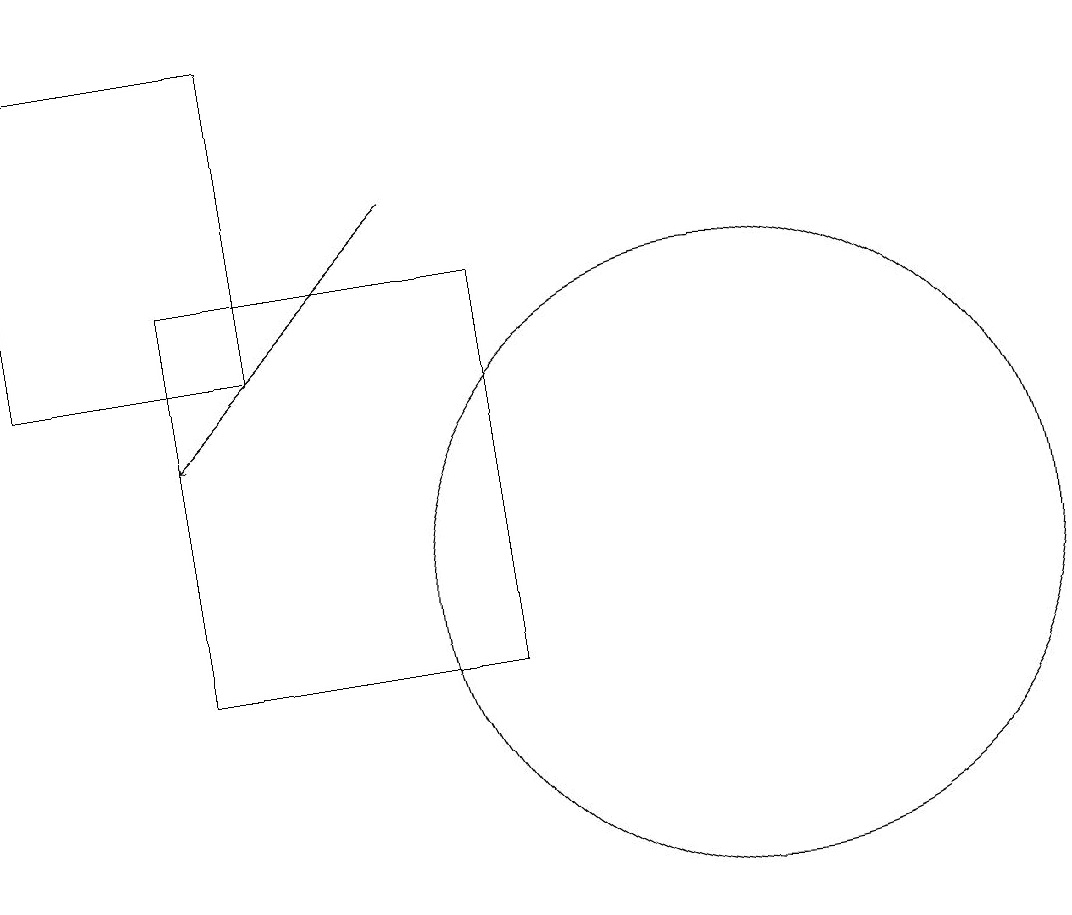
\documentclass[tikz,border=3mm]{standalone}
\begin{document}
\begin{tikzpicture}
\draw (4,10) rectangle (8,15);
\draw (11,11) circle (4);
\draw[->] (7,16) -- (4,13);
\draw (5,18) rectangle (2,14);
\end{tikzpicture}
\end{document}